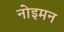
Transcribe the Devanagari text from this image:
नोइमन